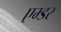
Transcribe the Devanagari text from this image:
एम्डर